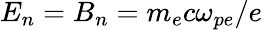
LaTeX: E_{n}=B_{n}=m_{e}c\omega_{pe}/e